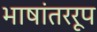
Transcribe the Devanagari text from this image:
भाषांतररूप